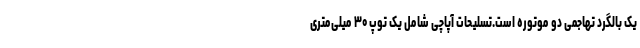
یک بالگرد تهاجمی دو موتوره ‌است.تسلیحات آپاچی شامل یک توپ ۳۰ میلی‌متری